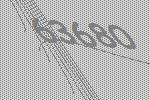
63680